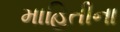
માહિતીના